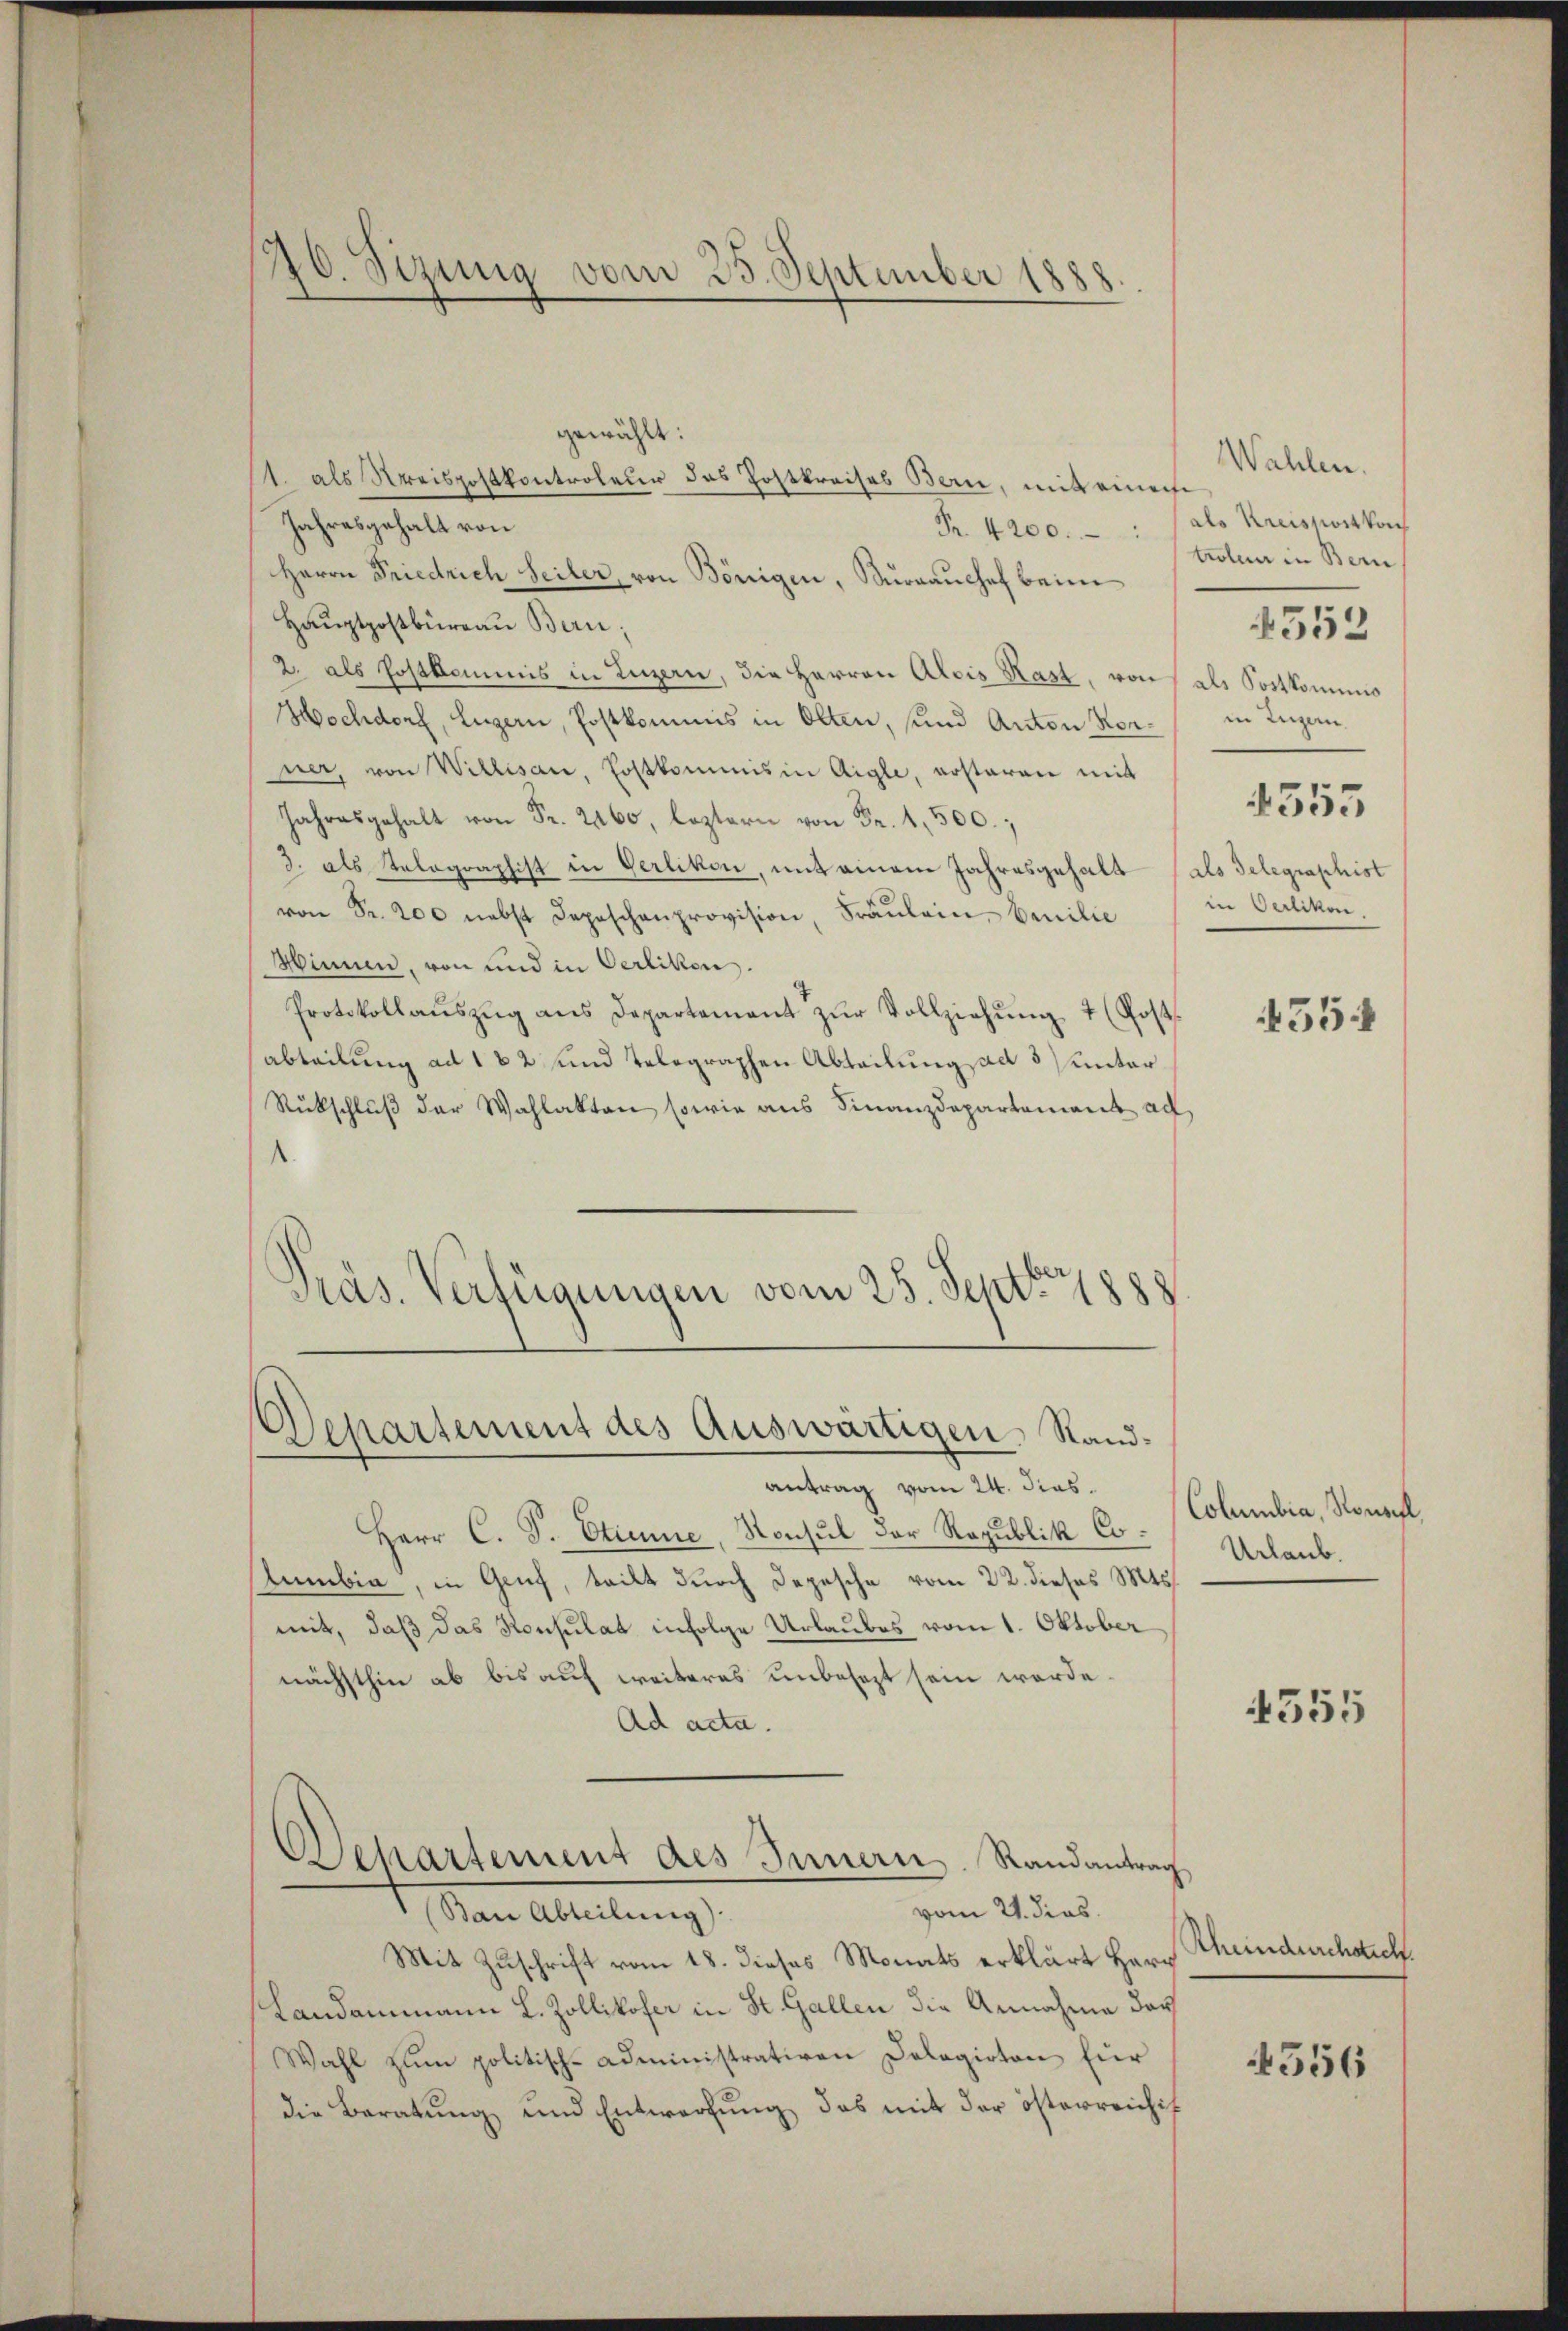
20. Sizung vom 25. September 1888.

gewählt:
1. als Kreispostkontroleur das Postkreises Bern, mit einen
Jahresgehalt von
Fr. 4200.
Herrn Friedrich Seiler, von Bönigen, Surrauchef beim
Hauptpostbüreau Bern,
2. als Postkommnis in Luzern, die Herren Alois Kast, von als Sostkomino
Hochdorf, Luzern, Postkommis in Olten, und Anton Vorner, von Willisau, Erstkommis in Aigle, erstaran mit
Jahresgehalt von Fr. 2460, leztern von Fr. 1,500.
3. als Telegraphist in Gerlikon, mit einem Jahresgehalt (als delegraphist
von Fr. 200 nebst Depeschenprovision, Fräŭlein Emilie
Hinnen, von und in Oerlikon.
Protokollaŭszŭg ans Departement zŭr Vollziehŭng 4 (Post-
abteilung ad 182 und Telegraphen Abteilung ad 3) unter
Rückschluß der Wahlakten sowie aus Finanzdepartement ad
.
Präs. Verfügungen vom 25. Septer 1888

Departement des Auswärtigen, Stand¬

antrag vom 24. dies.
Herr C. J. Etiene, Konsul der Republik Co¬
Sumbia, in Gruf, teilt durch Depesche vom 22. dieses Mts.
mit, daß das Konsulat infolge Urlaubes vom 1. Oktober
nächsthin ab bis auf weiteres unbesezt sein werde.
Ad acta.
Departement des Innern. Randantrag
vom 21. dies
Ban Abteilung).
Mit Zuschrift vom 18. dieses Monats erklärt Herr
Landammann L. Zollikofer in St. Gallen die Annahme das
Wahl zŭm politisch-Administrativen Dolagirten für
die Beratŭng und Entwerfung das mit der österreichis

Wahlen.
als Kreisfortkon
trolen in Bern
in Zugern
1555
in Oerlikon.

4552

354

Columbia, Nousel,
Urlaub.

4555

Rheindurchsich.

4556